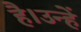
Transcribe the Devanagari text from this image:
है।उन्हें